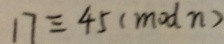
1 7 \equiv 4 5 ( m o d n )